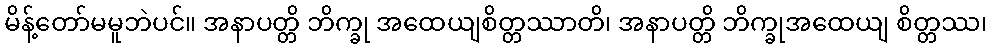
မိန့်တော်မမူဘဲပင်။ အနာပတ္တိ ဘိက္ခု အထေယျစိတ္တဿာတိ၊ အနာပတ္တိ ဘိက္ခုအထေယျ စိတ္တဿ၊